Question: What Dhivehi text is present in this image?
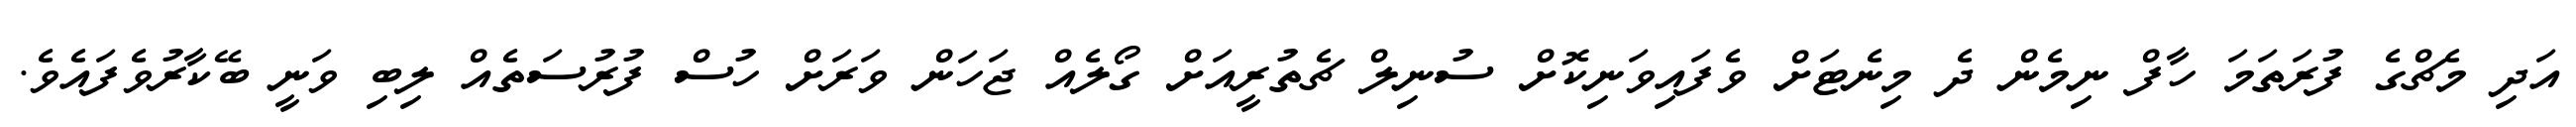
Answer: އަދި މެޗްގެ ފުރަތަމަ ހާފް ނިމެން ދެ މިނެޓަށް ވެފައިވަނިކޮށް ސުނިލް ޗެތުރީއަށް ގޯލެއް ޖަހަން ވަރަށް ހުސް ފުރުސަތެއް ލިބި ވަނީ ބޭކާރުވެފައެވެ.